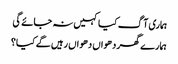
ہماری آگ کیا کہیں نہ جائے گی
ہمارے گھر دھواں دھواں رہیں گے کیا؟